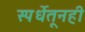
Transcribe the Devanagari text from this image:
स्पर्धेतूनही